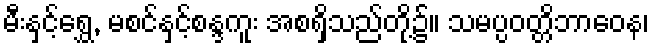
မီးနှင့်ရွှေ, မစင်နှင့်စန္ဒကူး အစရှိသည်တို့၌။ သမပ္ပဝတ္တိဘာဝေန၊